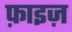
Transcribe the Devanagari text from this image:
फ़ाइज़